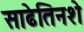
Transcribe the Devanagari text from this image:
साढेतिनशे